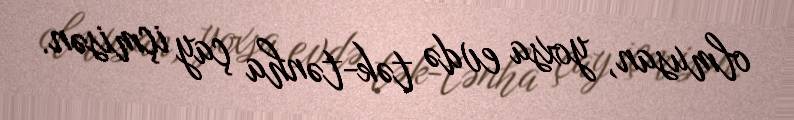
olmusan, yoxsa evdə tək-tənha çay içmisən.